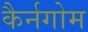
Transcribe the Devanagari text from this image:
कैर्नगोम